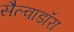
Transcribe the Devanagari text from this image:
सैल्वाडॉरा